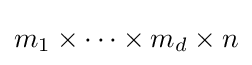
m_{1}\times \cdots \times m_{d}\times n